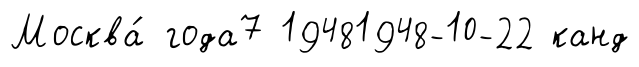
Москва́ года7 19481948-10-22 канд